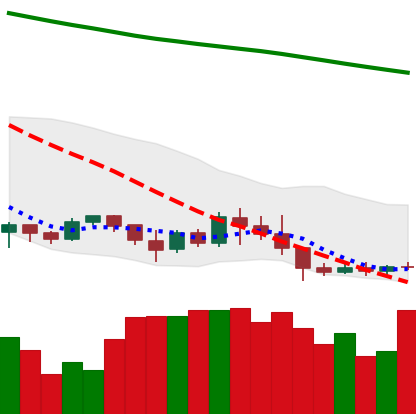
Ticker: XLM-USD
Chart end date: 2019-09-03
Forward return: -3.681%
Label: down_3_5